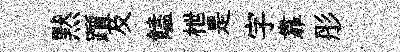
黙躓及饁枻是字靠彤